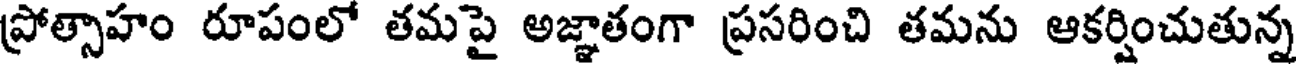
ప్రోత్సాహం రూపంలో తమపై అజ్ఞాతంగా ప్రసరించి తమను ఆకర్షించుతున్న